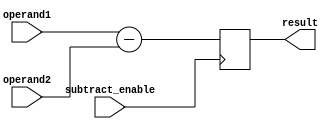
module subtractor (
    input [7:0] operand1,
    input [7:0] operand2,
    input subtract_enable,
    output reg [7:0] result
);

always @ (posedge subtract_enable) begin
    result <= operand1 - operand2;
end

endmodule